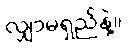
လျှာမရှည်နဲ့။